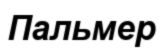
Пальмер